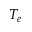
T _ { e }